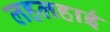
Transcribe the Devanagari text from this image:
लहलहाई